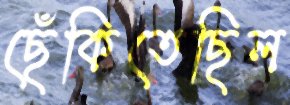
ছেঁকিতেছিল